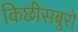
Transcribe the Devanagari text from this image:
किछीसबुरो